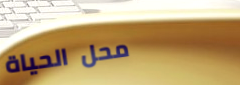
محل الحياة